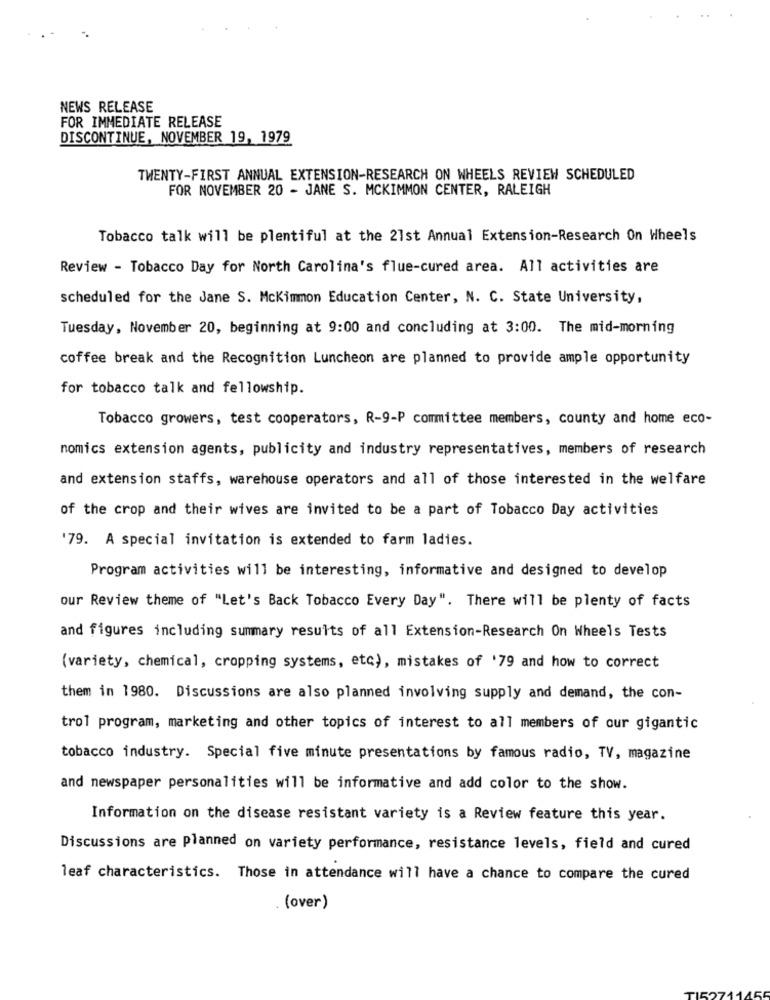
NEWS RELEASE
FOR IMMEDIATE RELEASE
DISCONTINUE, NOVEMBER 19, 1979
TWENTY-FIRST ANNUAL EXTENSION-RESEARCH ON WHEELS REVIEW SCHEDULED
FOR NOVEMBER 20 - JANE S. MCKIMMON CENTER, RALEIGH
Tobacco talk will be plentiful at the 21st Annual Extension-Research On Wheels
Review - Tobacco Day for North Carolina's flue-cured area. All activities are
scheduled for the Jane S. Mckimmon Education Center, N. C. State University,
Tuesday, November 20, beginning at 9:00 and concluding at 3:00. The mid-morning
coffee break and the Recognition Luncheon are planned to provide ample opportunity
for tobacco talk and fellowship.
Tobacco growers, test cooperators, R-9-P committee members, county and home eco-
nomics extension agents, publicity and industry representatives, members of research
and extension staffs, warehouse operators and all of those interested in the welfare
of the crop and their wives are invited to be a part of Tobacco Day activities
'79. A special invitation is extended to farm ladies.
Program activities will be interesting, informative and designed to develop
our Review theme of "Let's Back Tobacco Every Day". There will be plenty of facts
and figures including summary results of all Extension-Research On Wheels Tests
(variety, chemical, cropping systems, etc), mistakes of '79 and how to correct
them in 1980. Discussions are also planned involving supply and demand, the con-
trol program, marketing and other topics of interest to all members of our gigantic
tobacco industry. Special five minute presentations by famous radio, TV, magazine
and newspaper personalities will be informative and add color to the show.
Information on the disease resistant variety is a Review feature this year.
Discussions are planned on variety performance, resistance levels, field and cured
leaf characteristics. Those in attendance will have a chance to compare the cured
(over)